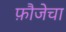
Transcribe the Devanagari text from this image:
फ़ौजेचा